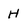
Character: H